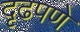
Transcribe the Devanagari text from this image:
दृढपणे